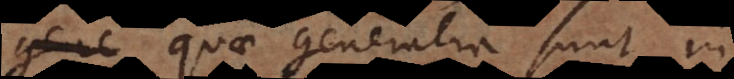
quae generalia sunt in